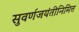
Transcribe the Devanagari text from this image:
सुवर्णजयंतीनिमित्त